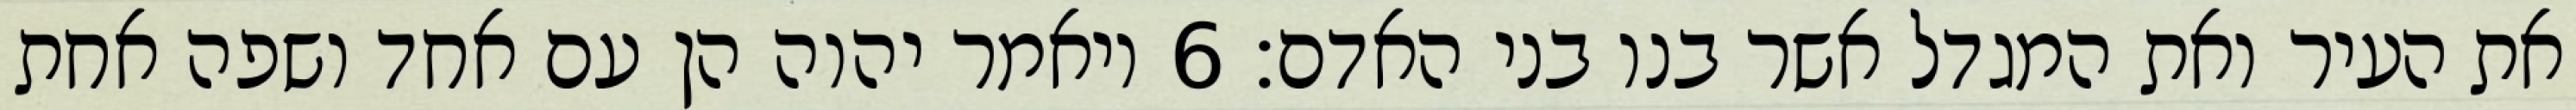
את העיר ואת המגדל אשר בנו בני האדם׃ ‎6‏ ויאמר יהוה הן עם אחד ושפה אחת